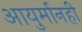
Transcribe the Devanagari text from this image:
आयुर्मानही